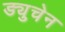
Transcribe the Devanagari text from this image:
ड्युचेन